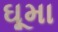
ઘૂમા